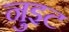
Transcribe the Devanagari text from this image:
नुइट